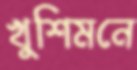
খুশিমনে